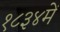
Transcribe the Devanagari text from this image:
१८३४में